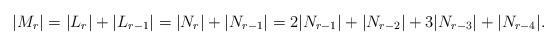
LaTeX: \begin{align*} |M_r| = |L_r|+|L_{r-1}| = |N_r|+|N_{r-1}| = 2|N_{r-1}| + |N_{r-2}|+3|N_{r-3}|+ |N_{r-4}| . \end{align*}